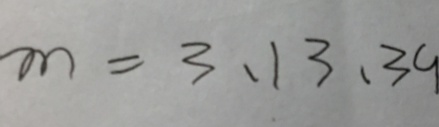
m = 3 , 1 3 , 3 9